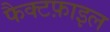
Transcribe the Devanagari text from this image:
फैक्टफ़ाइल